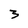
Character: 3